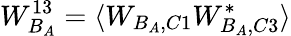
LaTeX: W_{B_{A}}^{13}=\langle W_{B_{A},C1}W_{B_{A},C3}^{*}\rangle